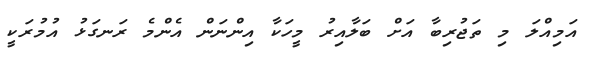
އަމިއްލަ މި ތަޖުރިބާ އަށް ބަލާއިރު މީހަކާ އިންނަން އެންމެ ރަނގަޅު އުމުރަކީ